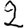
Digit: 2